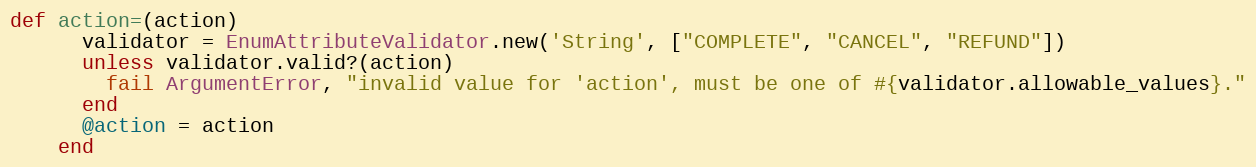
Language: Ruby
def action=(action)
      validator = EnumAttributeValidator.new('String', ["COMPLETE", "CANCEL", "REFUND"])
      unless validator.valid?(action)
        fail ArgumentError, "invalid value for 'action', must be one of #{validator.allowable_values}."
      end
      @action = action
    end